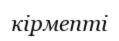
кірмепті